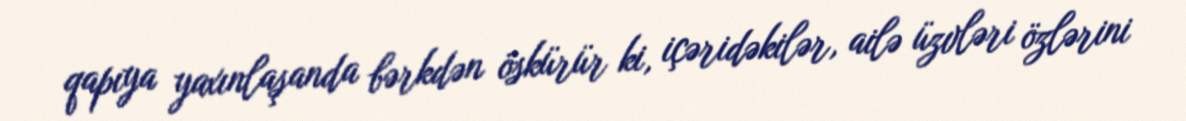
qapıya yaxınlaşanda bərkdən öskürür ki, içəridəkilər, ailə üzvləri özlərini